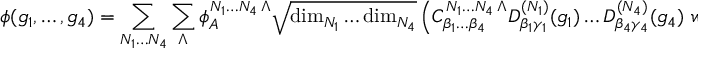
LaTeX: \phi ( g _ { 1 } , \ldots , g _ { 4 } ) = \sum _ { N _ { 1 } \ldots N _ { 4 } } \sum _ { \Lambda } \phi _ { \cal A } ^ { N _ { 1 } \ldots N _ { 4 } \, \Lambda } \sqrt { \mathrm { d i m } _ { N _ { 1 } } \ldots \mathrm { d i m } _ { N _ { 4 } } } \left( { C } _ { \beta _ { 1 } \ldots \beta _ { 4 } } ^ { N _ { 1 } \ldots N _ { 4 } \, \Lambda } D _ { \beta _ { 1 } \gamma _ { 1 } } ^ { ( N _ { 1 } ) } ( g _ { 1 } ) \ldots D _ { \beta _ { 4 } \gamma _ { 4 } } ^ { ( N _ { 4 } ) } ( g _ { 4 } ) \ w _ { \gamma _ { 1 } } \ldots w _ { \gamma _ { 4 } } \ \right) .